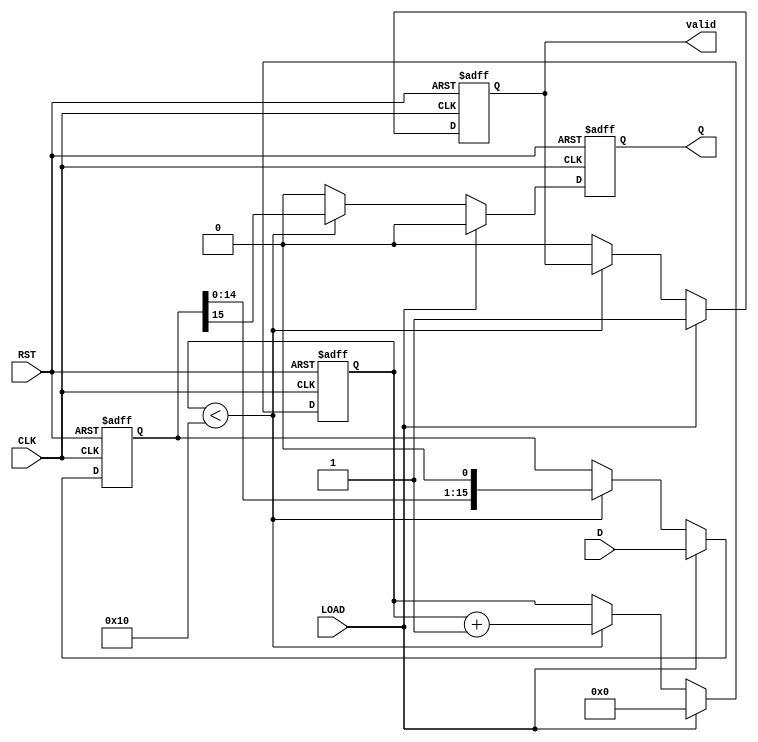
module PISO_16bit (
    input wire [15:0] D,       // 16-bit parallel data input
    input wire LOAD,           // Load control signal
    input wire CLK,            // Clock signal
    input wire RST,            // Reset signal
    output reg Q,              // Serial output
    output reg valid           // Output valid signal (optional)
);

    reg [15:0] internal_reg;   // Internal register to hold parallel data
    reg [4:0] bit_count;       // Counter for the number of bits shifted out

    always @(posedge CLK or posedge RST) begin
        if (RST) begin
            internal_reg <= 16'b0; // Reset internal register
            Q <= 1'b0;              // Reset output
            bit_count <= 5'b0;      // Reset bit counter
            valid <= 1'b0;          // Reset valid signal
        end else if (LOAD) begin
            internal_reg <= D;      // Load data into the internal register
            Q <= 1'b0;              // Output remains stable
            bit_count <= 5'b0;      // Reset bit counter
            valid <= 1'b1;          // Indicate that data is valid
        end else begin
            if (bit_count < 16) begin
                Q <= internal_reg[15]; // Output the MSB
                internal_reg <= {internal_reg[14:0], 1'b0}; // Shift left
                bit_count <= bit_count + 1; // Increment bit counter
            end else begin
                Q <= 1'b0; // When all bits are shifted out, set output to zero
                valid <= 1'b0; // Indicate that data is no longer valid
            end
        end
    end

endmodule